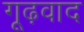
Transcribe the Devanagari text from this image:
गूढ़वाद